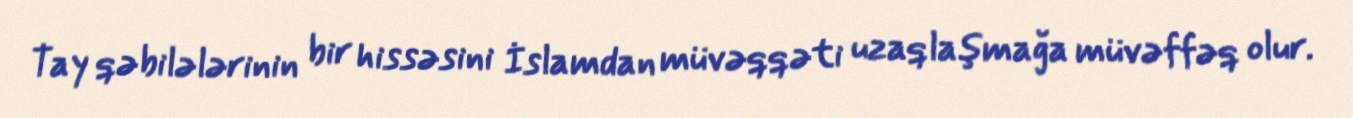
Tay qəbilələrinin bir hissəsini İslamdan müvəqqəti uzaqlaşmağa müvəffəq olur.